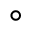
^ { \circ }